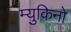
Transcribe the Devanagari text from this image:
म्युकिनो